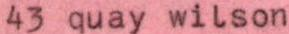
43 quay wilson